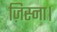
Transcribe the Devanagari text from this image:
ज़िस्ना।